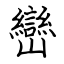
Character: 巒